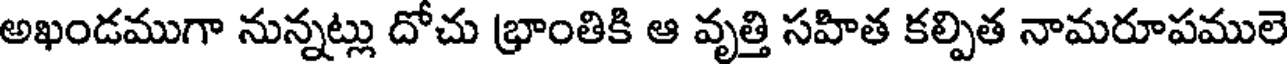
అఖండముగా నున్నట్లు దోచు భ్రాంతికి ఆ వృత్తి సహిత కల్పిత నామరూపములె